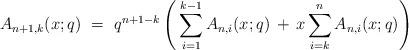
LaTeX: \begin{align*} A_{n+1,k}(x;q) \ = \ q^{n+1-k} \left( \, \sum_{i=1}^{k-1} A_{n,i}(x;q) \, + \, x \sum_{i=k}^n A_{n,i}(x;q) \right)\end{align*}